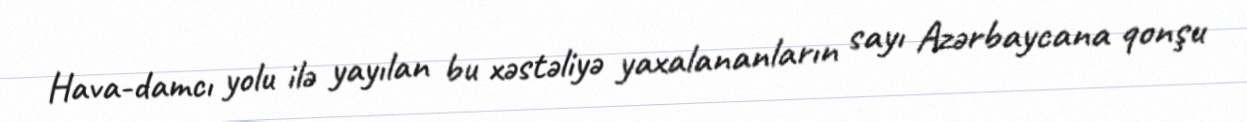
Hava-damcı yolu ilə yayılan bu xəstəliyə yaxalananların sayı Azərbaycana qonşu